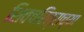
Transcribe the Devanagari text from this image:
शिवचरित्राच्या